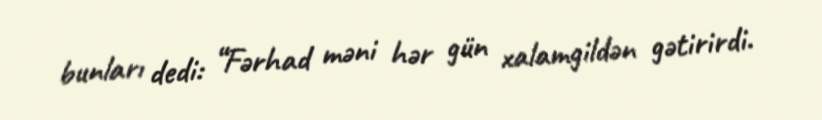
bunları dedi: “Fərhad məni hər gün xalamgildən gətirirdi.